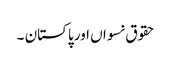
حقوق نسواں اور پاکستان ۔